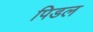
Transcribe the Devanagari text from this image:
पिडल